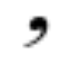
,